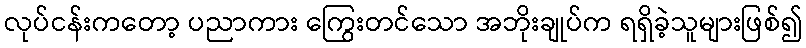
လုပ်ငန်းကတော့ ပညာကား ကြွေးတင်သော အဘိုးချုပ်က ရရှိခဲ့သူများဖြစ်၍